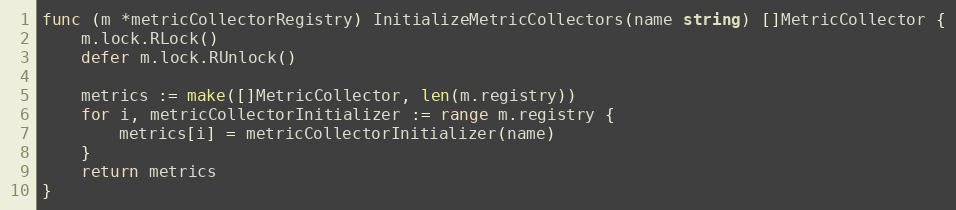
Language: Go
func (m *metricCollectorRegistry) InitializeMetricCollectors(name string) []MetricCollector {
	m.lock.RLock()
	defer m.lock.RUnlock()

	metrics := make([]MetricCollector, len(m.registry))
	for i, metricCollectorInitializer := range m.registry {
		metrics[i] = metricCollectorInitializer(name)
	}
	return metrics
}